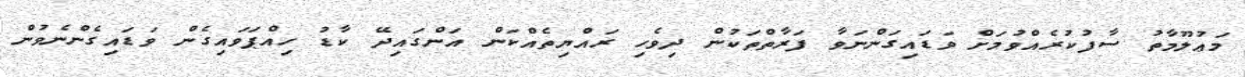
މަޢުލޫމާތު ސާފުކުރެއްވުމަށް ވަޑައިގަންނަވާ ފަރާތްތަކުން ދިވެހި ރައްޔިތެއްކަން އަންގައިދޭ ކާޑު ހިއްޕަވައިގެން ވަޑައިގެންނެވުން